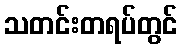
သတင်းတရပ်တွင်